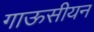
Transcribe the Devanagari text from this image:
गाऊसीयन